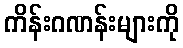
ကိန်းဂဏန်းများကို